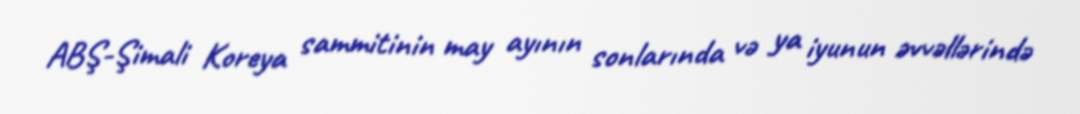
ABŞ-Şimali Koreya sammitinin may ayının sonlarında və ya iyunun əvvəllərində